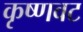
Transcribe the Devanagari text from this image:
कृष्णवट